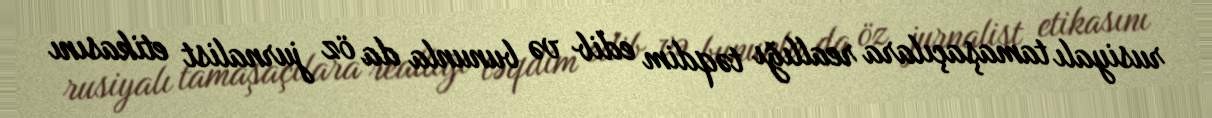
rusiyalı tamaşaçılara reallığı təqdim edib və bununla da öz jurnalist etikasını